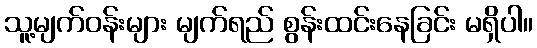
သူ့မျက်ဝန်းများ မျက်ရည် စွန်းထင်းနေခြင်း မရှိပါ။